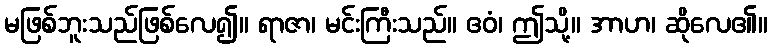
မဖြစ်ဘူးသည်ဖြစ်လေ၍။ ရာဇာ၊ မင်းကြီးသည်။ ဧဝံ၊ ဤသို့။ အာဟ၊ ဆိုလေ၏။